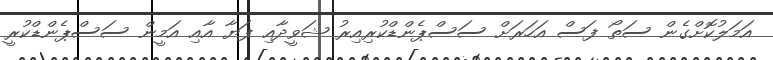
އަމަލުކޮށްގެން ސަތޯ ފަސް އަހަރަށް ސަސްޕެންޑްކުރިއިރު ޝަވީދާއި ފަޔާ އާއި އަމީން ސަސްޕެންޑްކުރީ